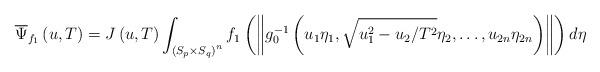
LaTeX: \begin{align*}\overline{\Psi}_{f_{1}}\left(u,T\right)=J\left(u,T\right)\int_{\left(S_{p}\times S_{q}\right)^{n}}f_{1}\left(\left\Vert g_{0}^{-1}\left(u_{1}\eta_{1},\sqrt{u_{1}^{2}-u_{2}/T^{2}}\eta_{2},\dots,u_{2n}\eta_{2n}\right)\right\Vert \right)d\eta\end{align*}